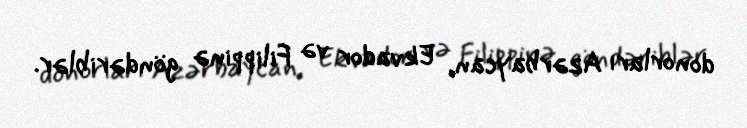
donorları Azərbaycan, Ekvador və Filippinə göndəriblər.